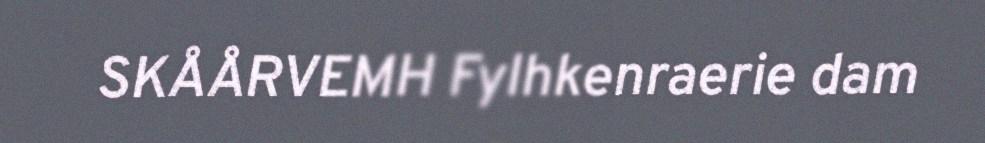
SKÅÅRVEMH Fylhkenraerie dam